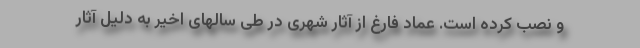
و نصب کرده است. عماد فارغ از آثار شهری در طی سالهای اخیر به دلیل آثار